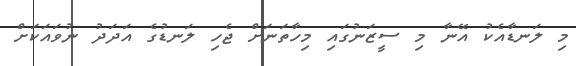
މި ލަނޑާއެކު އޭނާ މި ސީޒަނުގައި މިހާތަނަށް ޖެހި ލަނޑުގެ އަދަދު ނުވައަކަށް